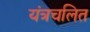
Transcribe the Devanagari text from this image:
यंत्रचलित